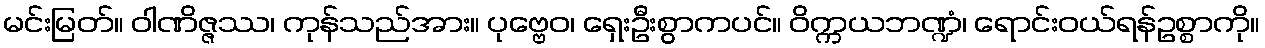
မင်းမြတ်။ ဝါဏိဇ္ဇဿ၊ ကုန်သည်အား။ ပုဗ္ဗေဝ၊ ရှေးဦးစွာကပင်။ ဝိက္ကယဘဏ္ဍံ၊ ရောင်းဝယ်ရန်ဥစ္စာကို။